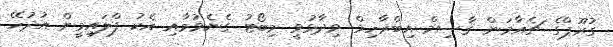
ގުރޫޕްގެ ޗެއާމަން ޤާސިމް އިބްރާހިމް ވިދާޅުވީ މިބޯޓު ގެނެވުމާއި އެކު ފްލައިމީން އުދުހޭ